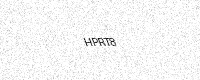
Text: HPRT8